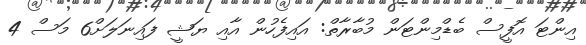
އިންޓަ އޮފީސް ބެޑްމިންޓަން މުބާރާތް: އައިފެހުން އާއި ޔަޝީ ފައިނަލަށް6 މަސް 4